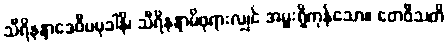
သီရိနန္ဒာဒေဝီပမုခါနိ၊ သီရိနန္ဒာမိဖုရားလျှင် အမှူးရှိကုန်သော။ တေဝီသတိ